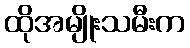
ထိုအမျိုးသမီးက